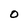
Character: 0